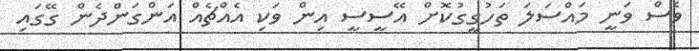
ވެސް ވަނީ މައްސަލަ ތަހުގީގުކޮށް އޭސީސީ އިން ވަކި އެއްޗެއް އަންގަންދެން ގޭގައި